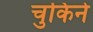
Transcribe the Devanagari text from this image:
चुकिने